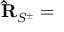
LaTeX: { \mathbf { \widehat R } } _ { S ^ { \pm } } =